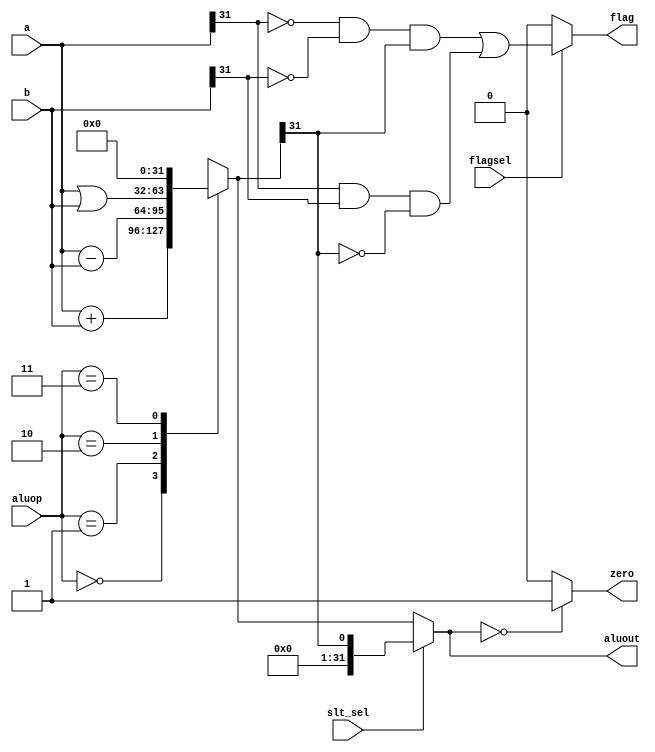
module alu(input [31:0]a, input [31:0]b, input [1:0]aluop, output [31:0] aluout, output zero, output flag,input slt_sel,input flagsel);
    reg [31:0]temp;

    assign aluout=(slt_sel)?temp[31]:temp[31:0];
    
    assign zero=(aluout==0)?1:0;
 
    assign flag = (flagsel) ? ((a[31] == 0 && b[31] == 0 && temp[31] == 1) || (a[31] == 1 && b[31] == 1 && temp[31] == 0)) : 0;

    always@(a or b or aluop) begin
        case(aluop)
            2'b00:
                temp<=a+b;
            2'b01:
                temp<=a-b;
            2'b10:
                temp<=a|b;
            2'b11:
                temp<=0;
            default:
                temp<=0;
        endcase
    end

endmodule